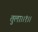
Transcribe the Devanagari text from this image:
तुला।।१।।